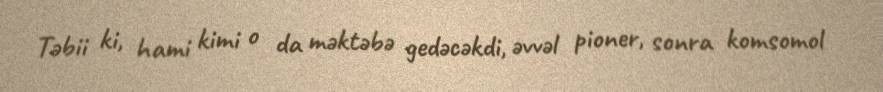
Təbii ki, hami kimi o da məktəbə gedəcəkdi, əvvəl pioner, sonra komsomol